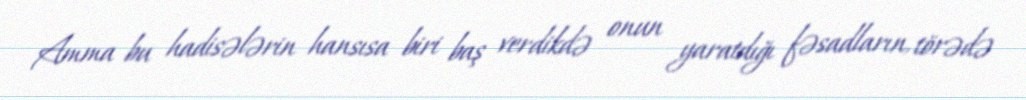
Amma bu hadisələrin hansısa biri baş verdikdə onun yaratdığı fəsadların, törədə